Bombay plague: being a history of the progress of plague in the Bombay presidency from September 1896 to June 1899
Year: 1896
Disease focus: Plague
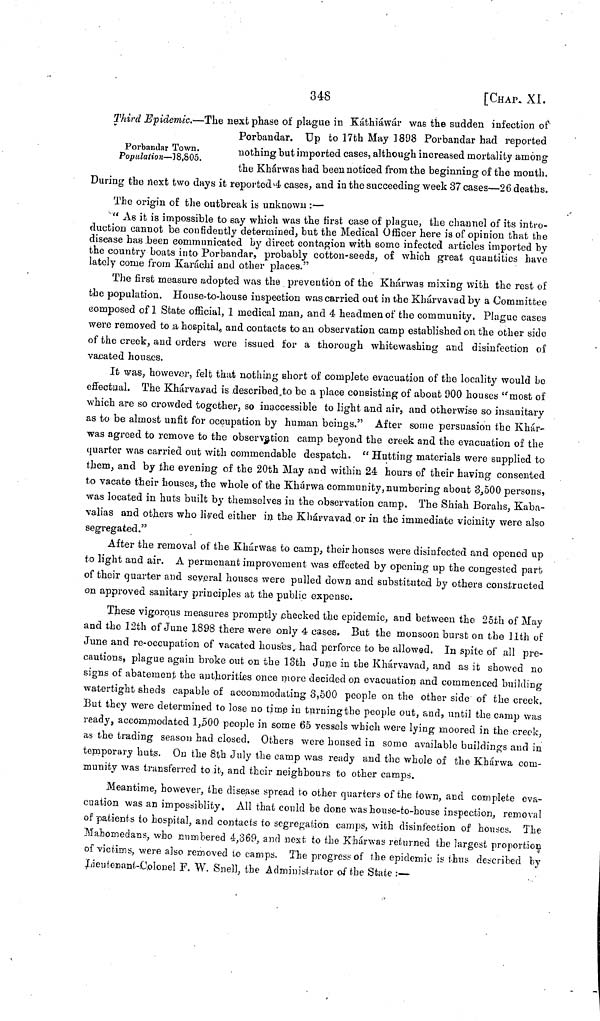
348
[CHAP. XI.
Porbandar Town.
Population—18,505.
Third Epidemic.—The next phase of plague in Káthiáwár was the sudden infection of
Porbandar. Up to 17th May 1898 Porbandar had reported
nothing but imported cases, although increased mortality among
the Khárwas had been noticed from the beginning of the month.
During the next two days it reported 4 cases, and in the succeeding week 37 cases—26 deaths.
The origin of the outbreak is unknown :—
" As it is impossible to say which was the first case of plague, the channel of its intro-
duction cannot be confidently determined, but the Medical Officer here is of opinion that the
disease has been communicated by direct contagion with some infected articles imported by
the country boats into Porbandar, probably cotton-seeds, of which great quantities have
lately come from Karáchi and other places."
The first measure adopted was the prevention of the Khárwas mixing with the rest of
the population. House-to-house inspection was carried out in the Khárvavad by a Committee
composed of 1 State official, 1 medical man, and 4 headmen of the community. Plague cases
were removed to a hospital, and contacts to an observation camp established on the other side
of the creek, and orders were issued for a thorough whitewashing and disinfection of
vacated houses.
It was, however, felt that nothing short of complete evacuation of the locality would be
effectual. The Khárvavad is described to be a place consisting of about 900 houses "most of
which are so crowded together, so inaccessible to light and air, and otherwise so insanitary
as to be almost unfit for occupation by human beings." After some persuasion the Khár-
was agreed to remove to the observation camp beyond the creek and the evacuation of the
quarter was carried out with commendable despatch. " Hutting materials were supplied to
them, and by the evening of the 20th May and within 24 hours of their having consented
to vacate their houses, the whole of the Khárwa community, numbering about 3,500 persons,
was located in huts built by themselves in the observation camp. The Shiah Borahs, Kaba-
valias and others who lived either in the Khárvavad or in the immediate vicinity were also
segregated."
After the removal of the Khárwas to camp, their houses were disinfected and opened up
to light and air. A permenant improvement was effected by opening up the congested part
of their quarter and several houses were pulled down and substituted by others constructed
on approved sanitary principles at the public expense.
These vigorous measures promptly checked the epidemic, and between the 25th of May
and the 12th of June 1898 there were only 4 cases. But the monsoon burst on the 11th of
June and re-occupation of vacated houses, had perforce to be allowed. In spite of all pre-
cautions, plague again broke out on the loth June in the Khárvavad, and as it showed no
signs of abatement the authorities once more decided on evacuation and commenced building
watertight sheds capable of accommodating 3,500 people on the other side of the creek.
But they were determined to lose no time in turning the people out, and, until the camp was
ready, accommodated 1,500 people in some 65 vessels which were lying moored in the creek,
as the trading season had closed. Others were housed in some available buildings and in
temporary huts. On the 8th July the camp was ready and the whole of the Khárwa com-
munity was transferred to it, and their neighbours to other camps.
Meantime, however, the disease spread to other quarters of the town, and complete eva-
cuation was an impossiblity. All that could be done was house-to-house inspection, removal
of patients to hospital, and contacts to segregation camps, with disinfection of houses. The
Mahomedans, who numbered 4,369, and next to the Khárwas returned the largest proportion
of victims, were also removed to camps. The progress of the epidemic is thus described by
Lieutenant-Colonel F. W. Snell, the Administrator of the State :—